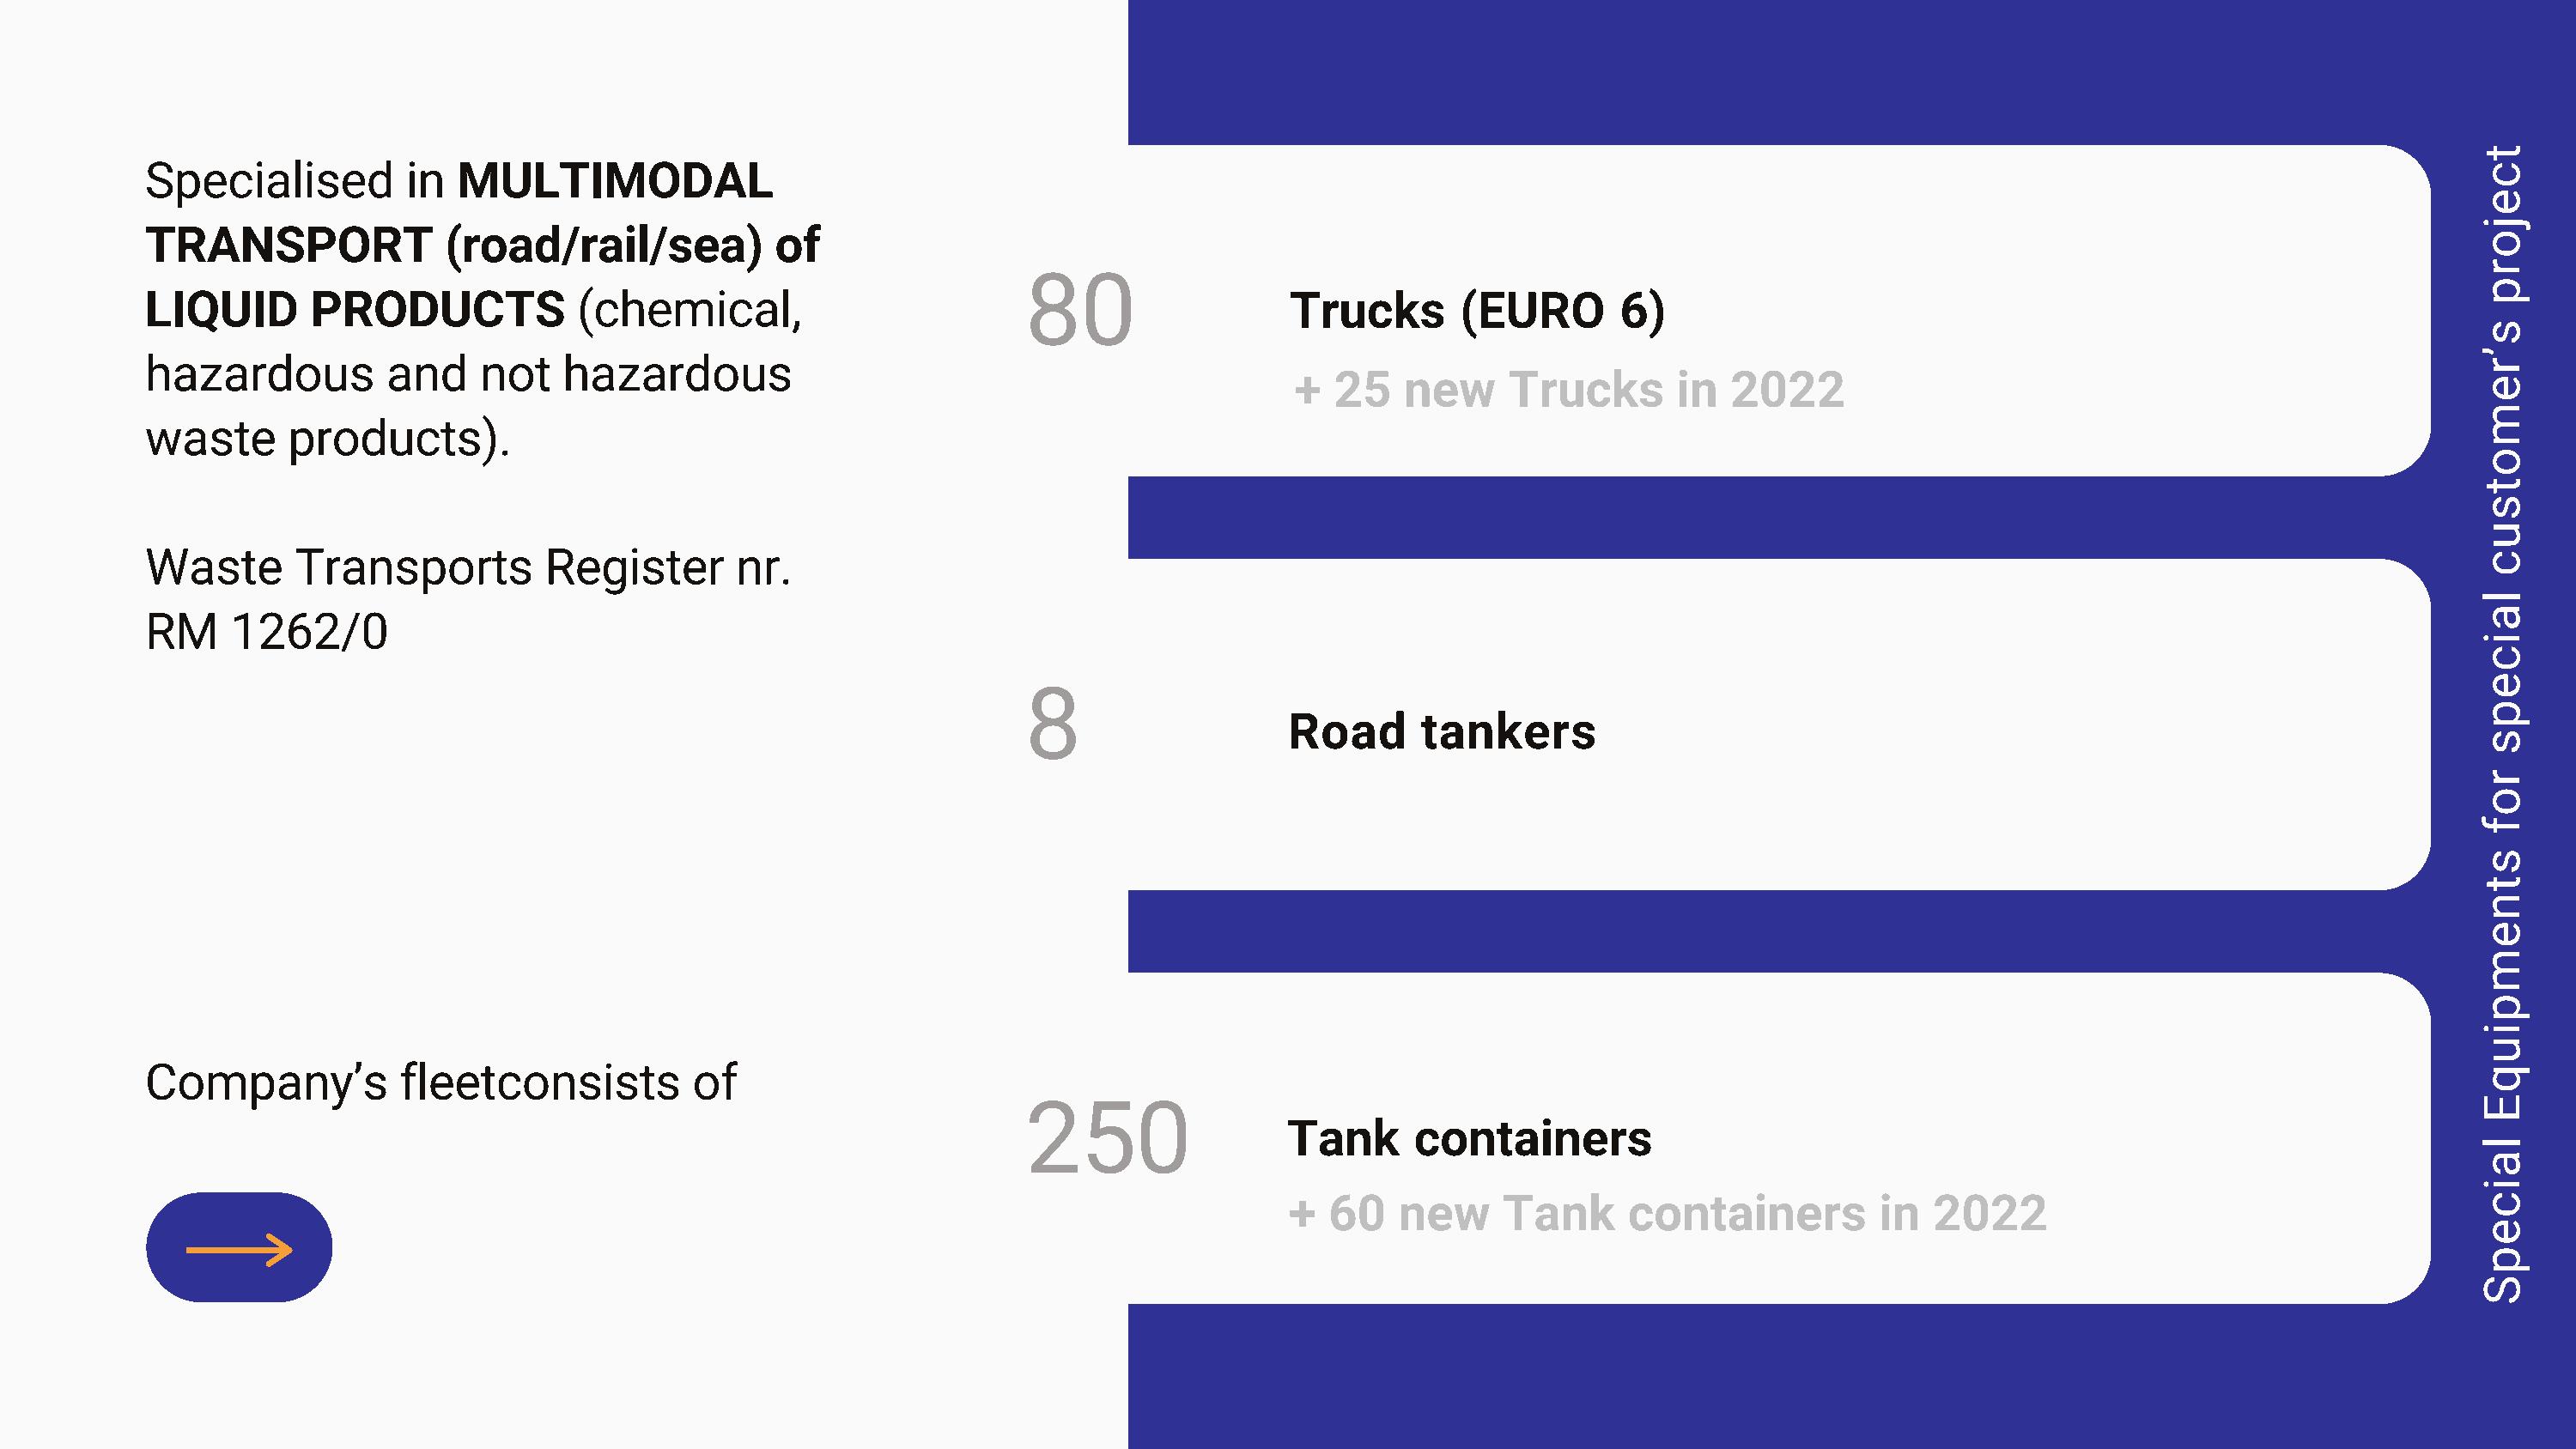
Specialised         in  MULTIMODAL
 TRANSPORT              (road/rail/sea)           of
 80
 LIQUID       PRODUCTS             (chemical,                                            Trucks        (EURO       6)
 hazardous          and    not   hazardous
 +  25   new     Trucks       in  2022
 waste      products).
 Waste       Transports         Register       nr.
 RM     1262/0
 8
 Road       tankers
 Company’s           fleetconsists         of
 250
 Tank      containers
 +  60    new     Tank      containers         in  2022
 tcejorp
 s’remotsuc
 laiceps
 rof
 stnempiuqE
 laicepS